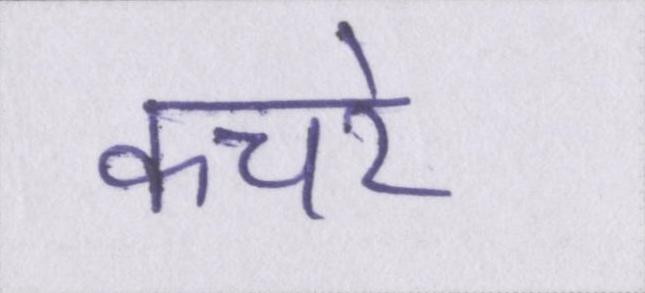
कचरे